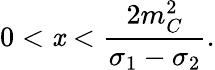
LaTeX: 0<\mathit{x}<\frac{{2m_{C}^{2}}}{{\sigma_{1}-\sigma_{2}}}.